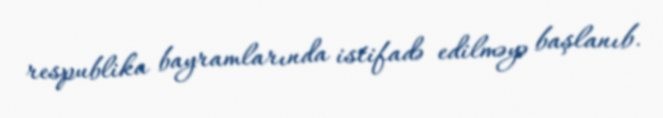
respublika bayramlarında istifadə edilməyə başlanıb.